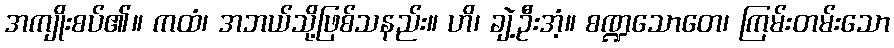
အကျိုးစပ်၏။ ကထံ၊ အဘယ်သို့ဖြစ်သနည်း။ ဟိ၊ ချဲ့ဦးအံ့။ စဏ္ဍသောတေ၊ ကြမ်းတမ်းသော